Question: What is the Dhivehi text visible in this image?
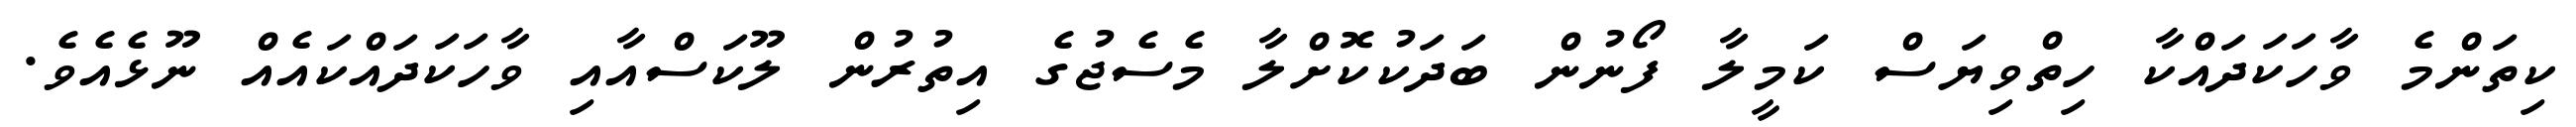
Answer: ކިތަންމެ ވާހަކަދައްކާ ހިތްވިޔަސް ކަމީލާ ފޯނުން ބަދަކުކޮށްލާ މެސެޖުގެ އިތުރުން ލޫކަސްއާއި ވާހަކަދައްކައެއް ނޫޅެއެވެ.